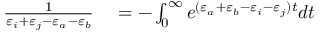
\begin{array} { r l } { \frac { 1 } { \varepsilon _ { i } + \varepsilon _ { j } - \varepsilon _ { a } - \varepsilon _ { b } } } & { { } = - \int _ { 0 } ^ { \infty } e ^ { ( \varepsilon _ { a } + \varepsilon _ { b } - \varepsilon _ { i } - \varepsilon _ { j } ) t } d t } \end{array}